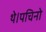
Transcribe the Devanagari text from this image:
थे।पचिनो